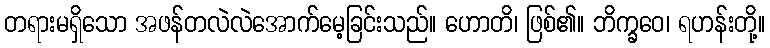
တရားမရှိသော အဖန်တလဲလဲအောက်မေ့ခြင်းသည်။ ဟောတိ၊ ဖြစ်၏။ ဘိက္ခဝေ၊ ရဟန်းတို့။